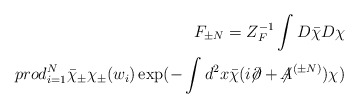
\begin{align*}F_{\pm N} = Z_F^{-1} \int D\bar\chi D\chi\\prod_{i = 1}^N \bar \chi_\pm \chi_\pm(w_i)\exp(-\int d^2x \bar \chi (i\!\!\not\!\partial +{\not\!\! A}^{(\pm N)})\chi )\end{align*}